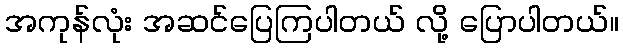
အကုန်လုံး အဆင်ပြေကြပါတယ် လို့ ပြောပါတယ်။